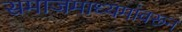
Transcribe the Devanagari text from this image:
समाजमाध्यमांवरून